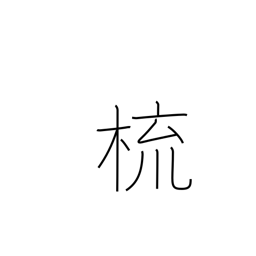
Meaning: comb (hair)